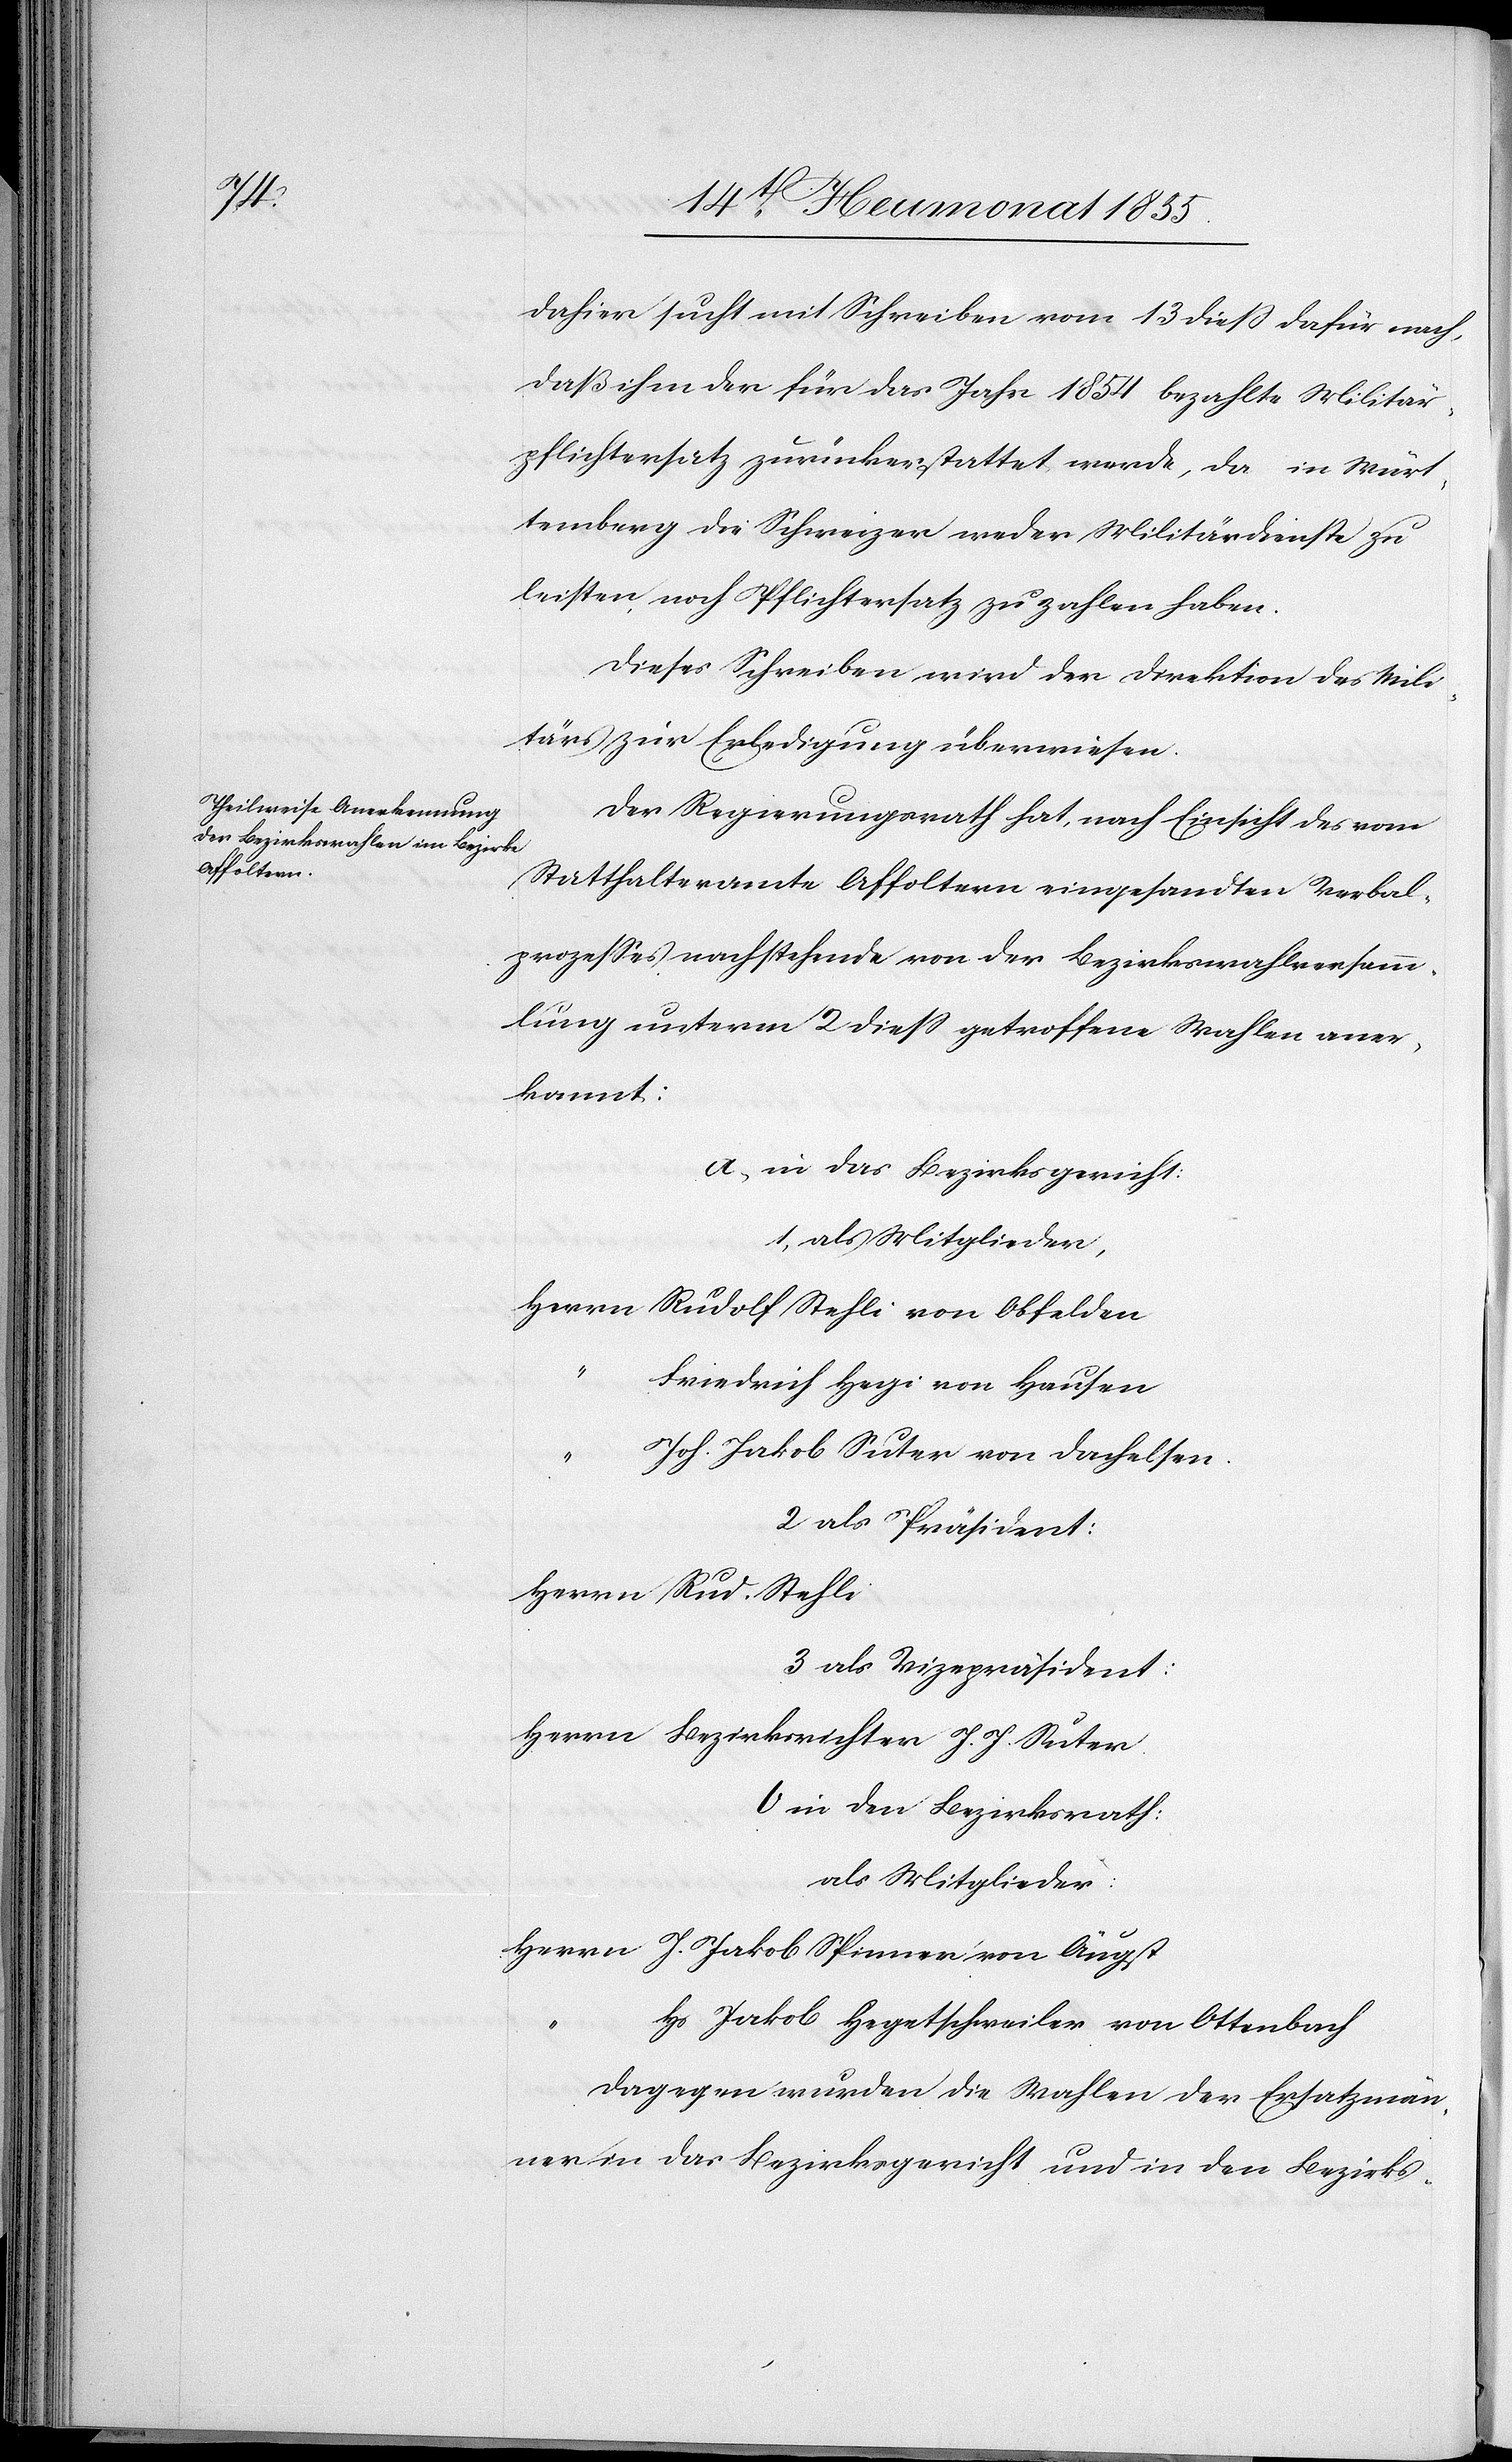
dahier sucht mit Schreiben vom 13 dieß dafür nach,
daß ihm der für das Jahr 1854 bezahlte Militär¬
pflichtersatz zurückerstattet werde, da in Würt¬
temberg die Schweizer weder Militärdienste zu
leisten, noch Pflichtersatz zu zahlen haben.
Dieses Schreiben wird der Direktion des Mili¬
tärs zur Erledigung überwiesen.
Der Regierungsrath hat, nach Einsicht des vom
Statthalteramte Affoltern eingesandten Verbal¬
prozesses nachstehende von der Bezirkswahlversamm¬
lung unterm 2 diess getroffene Wahlen aner¬
kannt:
a, in das Bezirksgericht:
1, als Mitglieder,
Herrn Rudolf Stehli von Obfelden
Friedrich Hegi von Hausen
Joh. Jakob Suter von Dachelsen.
2 als Präsident:
Herrn Rud. Stehli
3 als Vizepräsident:
Herrn Bezirksrichter J. J. Suter.
b in den Bezirksrath:
als Mitglieder:
Herrn J. Jakob Spinner von Äugst
Hs. Jakob Hegetschweiler von Ottenbach
Dagegen wurden die Wahlen der Ersatzmän¬
ner in das Bezirksgericht und in den Bezirks-